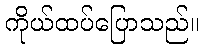
ကိုယ်ထပ်ပြောသည်။